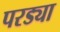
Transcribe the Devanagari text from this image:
परड्या